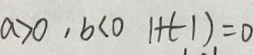
a > 0 , b < 0 1 + ( - 1 ) = 0